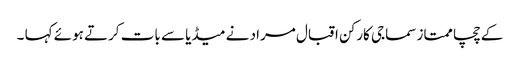
کے چچا ممتاز سماجی کارکن اقبال مراد نے میڈیا سے بات کرتے ہوئے کہا ۔